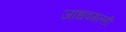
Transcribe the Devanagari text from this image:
जाधवगल्ली